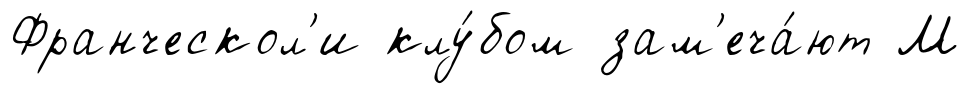
Франческол'и клу́бом зам'еча́ют М